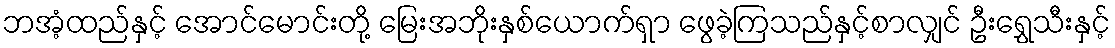
ဘအံ့ထည်နှင့် အောင်မောင်းတို့ မြေးအဘိုးနှစ်ယောက်ရှာ ဖွေခဲ့ကြသည်နှင့်စာလျှင် ဦးရွှေသီးနှင့်